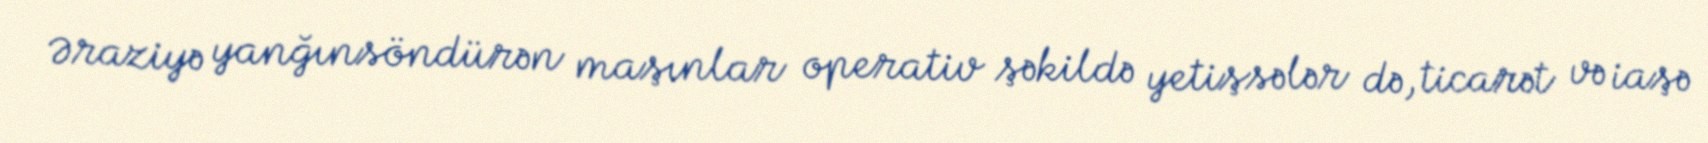
Əraziyə yanğınsöndürən maşınlar operativ şəkildə yetişsələr də, ticarət və iaşə